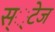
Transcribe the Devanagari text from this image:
स््टेज